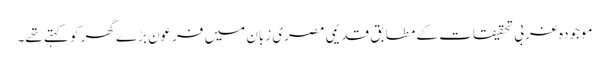
موجودہ غربی تحقیقات کے مطابق قدیمی مصری زبان میں فرعون بڑے گھر کو کہتے تھے۔